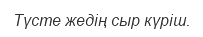
Түсте жедің сыр күріш.